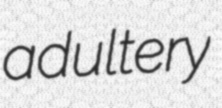
adultery